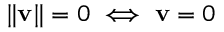
\| \mathbf { v } \| = 0 \iff \mathbf { v } = 0